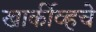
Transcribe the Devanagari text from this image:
खार्कीव्हचे